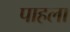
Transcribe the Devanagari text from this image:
पाहला